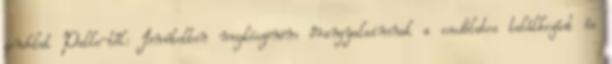
gondolat Palle-től: Ismételten megköszönöm őrangyalaimnak a csodálatos találkozást és